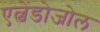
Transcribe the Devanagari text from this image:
एल्बेंडोजोल